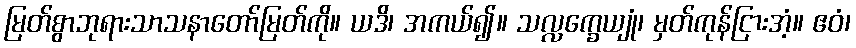
မြတ်စွာဘုရားသာသနာတော်မြတ်ကို။ ယဒိ၊ အကယ်၍။ သလ္လက္ခေယျုံ၊ မှတ်ကုန်ငြားအံ့။ ဧဝံ၊